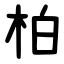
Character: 柏